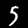
Label: 5